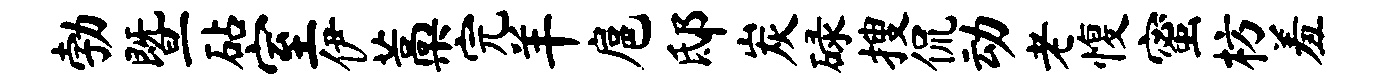
勃暨砧室伊藁完羊扈邸炭碌搜侃动老愎蜜枋羞